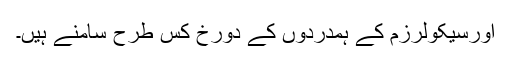
اورسیکولرزم کے ہمدردوں کے دورخ کس طرح سامنے ہیں۔